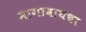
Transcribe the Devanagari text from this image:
मागावायचा